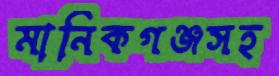
মানিকগঞ্জসহ